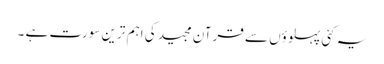
یہ کئی پہلوؤں سے قرآن مجید کی اہم ترین سورت ہے ۔